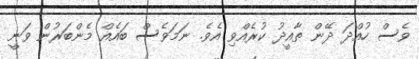
ވެސް ހުއްދަ ދޭން ތާއީދު ކުރެއްވި އެވެ. ނަމަވެސް ބައެއް މެންބަރުން ވަނީ